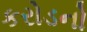
કરોડનો